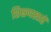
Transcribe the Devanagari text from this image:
शिक्षणखातें